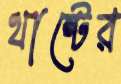
থান্টের